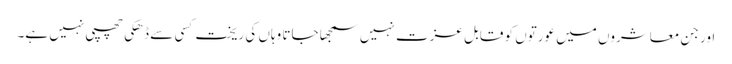
اور جن معاشروں میں عورتوں کو قابل عزت نہیں سمجھا جاتا وہاں کی ریخت کسی سے ڈھکی چھپی نہیں ہے۔